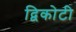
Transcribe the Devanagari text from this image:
द्विकोटी